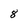
Character: 8